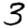
Digit: 3